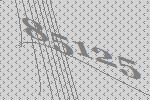
85125